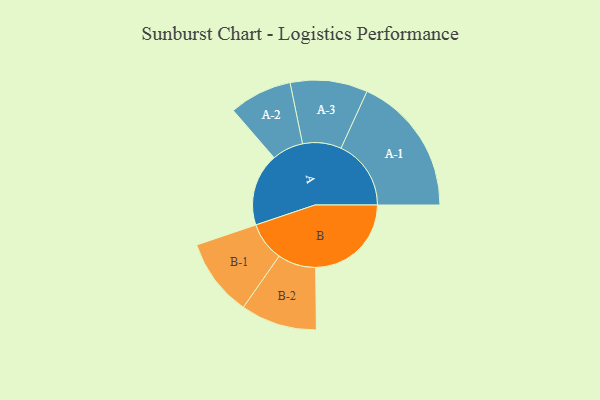
{"axis": {"x": "Segment", "y": "Value"}, "legend": ["", "A", "B"], "data": [{"x": "A", "y": 289, "type": ""}, {"x": "B", "y": 381, "type": ""}, {"x": "A-1", "y": 279, "type": "A"}, {"x": "A-2", "y": 125, "type": "A"}, {"x": "A-3", "y": 154, "type": "A"}, {"x": "B-1", "y": 155, "type": "B"}, {"x": "B-2", "y": 152, "type": "B"}]}